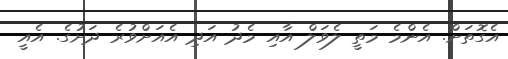
އެގޮތަށް. އެންމެ މަތީ ލެވަލް އާއި މެދު އަދި އެއަށްވުރެ ދަށުގެ. އެއީ